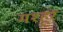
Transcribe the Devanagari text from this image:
मश्‍हूर